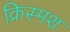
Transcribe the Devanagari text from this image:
क्रिस्मश